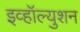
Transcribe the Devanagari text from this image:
इव्हॉल्युशन